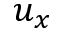
u _ { x }